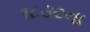
૧૮૩૦ના